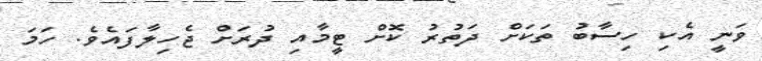
ވަނީ އެކި ހިސާބު ތަކަށް ދަތުރު ކޮށް ޓީމާއި ދުރަށް ޖެހިލާފައެވެ. ހަމަ